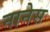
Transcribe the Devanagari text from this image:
नानेस